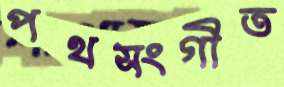
পথসংগীত